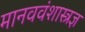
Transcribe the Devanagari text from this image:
मानववंशास्त्रज्ञ